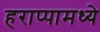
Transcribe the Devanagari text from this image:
हराप्पामध्ये